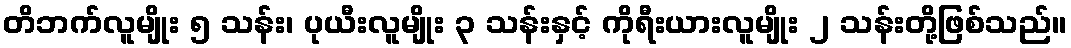
တိဘက်လူမျိုး ၅ သန်း၊ ပုယီးလူမျိုး ၃ သန်းနှင့် ကိုရီးယားလူမျိုး ၂ သန်းတို့ဖြစ်သည်။